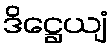
ဒိဋ္ဌေယျံ